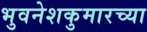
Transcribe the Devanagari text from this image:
भुवनेशकुमारच्या